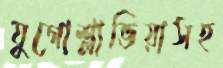
যুগোশ্লাভিয়াসহ